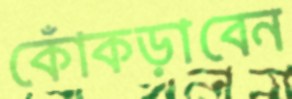
কোঁকড়াবেন